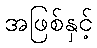
အဖြစ်နှင့်